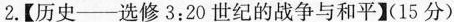
2.【历史--选修3:20世纪的战争与和平】(15分)